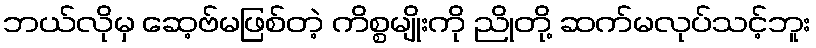
ဘယ်လိုမှ ဆေ့ဗ်မဖြစ်တဲ့ ကိစ္စမျိုးကို ညိုတို့ ဆက်မလုပ်သင့်ဘူး